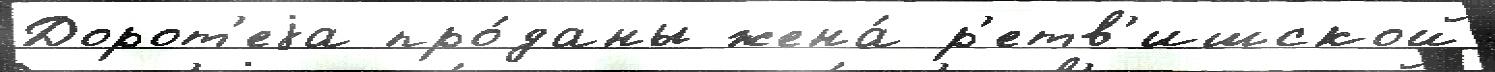
Дорот'еjа про́даны жена́ р'етв'ишской